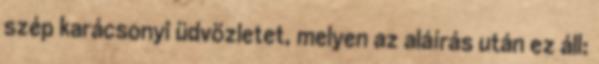
szép karácsonyi üdvözletet, melyen az aláírás után ez áll: